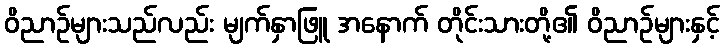
ဝိညာဉ်များသည်လည်း မျက်နှာဖြူ အနောက် တိုင်းသားတို့၏ ဝိညာဉ်များနှင့်